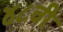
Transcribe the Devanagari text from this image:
४८वी